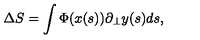
\Delta S = \int \Phi ( x ( s ) ) \partial _ { \bot } y ( s ) d s ,